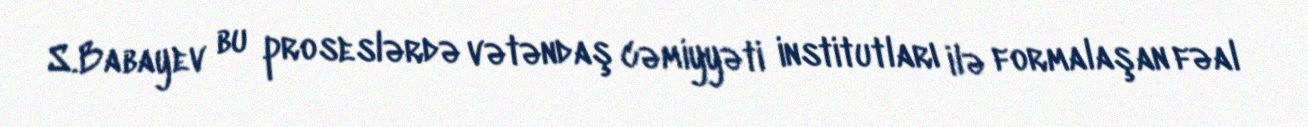
S.Babayev bu proseslərdə vətəndaş cəmiyyəti institutları ilə formalaşan fəal